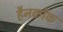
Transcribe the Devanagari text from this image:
हैनकाॅक